Civil Veterinary Dept. North-West Frontier Province 1901-22 - 1901-1922
Year: 1901
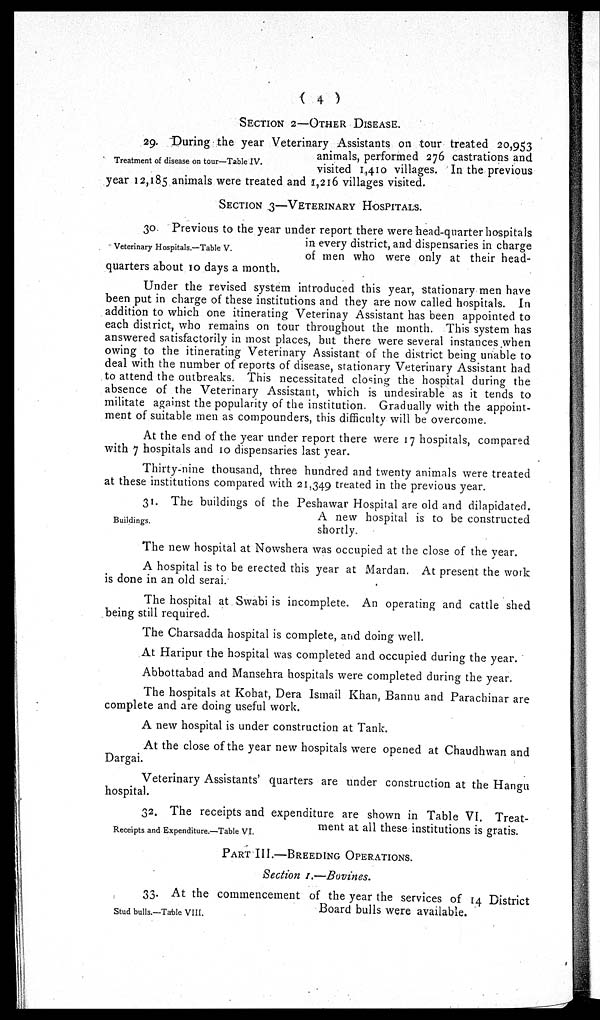
(4)
SECTION 2-OTHER DISEASE.
Treatment of disease on tour—Table IV.
29. During the year Veterinary Assistants on tour treated 20,953
animals, performed 276 castrations and
visited 1,410 villages. In the previous
year 12,185 animals were treated and 1,216 villages visited.
SECTION 3-VETERINARY HOSPITALS.
Veterinary Hospitals.—Table V.
30. Previous to the year under report there were head-quarter hospitals
in every district, and dispensaries in charge
of men who were only at their head-
quarters about 10 days a month.
Under the revised system introduced this year, stationary men have
been put in charge of these institutions and they are now called hospitals. In
addition to which one itinerating Veterinay Assistant has been appointed to
each district, who remains on tour throughout the month. This system has
answered satisfactorily in most places, but there were several instances when
owing to the itinerating Veterinary Assistant of the district being unable to
deal with the number of reports of disease, stationary Veterinary Assistant had
to attend the outbreaks. This necessitated closing the hospital during the
absence of the Veterinary Assistant, which is undesirable as it tends to
militate against the popularity of the institution. Gradually with the appoint-
ment of suitable men as compounders, this difficulty will be overcome.
At the end of the year under report there were 17 hospitals, compared
with 7 hospitals and 10 dispensaries last year.
Thirty-nine thousand, three hundred and twenty animals were treated
at these institutions compared with 21,349 treated in the previous year.
Buildings.
31. The buildings of the Peshawar Hospital are old and dilapidated.
A new hospital is to be constructed
shortly.
The new hospital at Nowshera was occupied at the close of the year.
A hospital is to be erected this year at Mardan. At present the work
is done in an old serai.
The hospital at Swabi is incomplete. An operating and cattle shed
being still required.
The Charsadda hospital is complete, and doing well.
At Haripur the hospital was completed and occupied during the year.
Abbottabad and Mansehra hospitals were completed during the year.
The hospitals at Kohat, Dera Ismail Khan, Bannu and Parachinar are
complete and are doing useful work.
A new hospital is under construction at Tank.
At the close of the year new hospitals were opened at Chaudhwan and
Dargai.
Veterinary Assistants' quarters are under construction at the Hangu
hospital.
Receipts and Expenditure.—Table VI.
32. The receipts and expenditure are shown in Table VI. Treat-
ment at all these institutions is gratis.
PART III.-BREEDING OPERATIONS.
Section I.—Bovines.
Stud bulls.—Table VIII.
33. At the commencement of the year the services of 14 District
Board bulls were available.